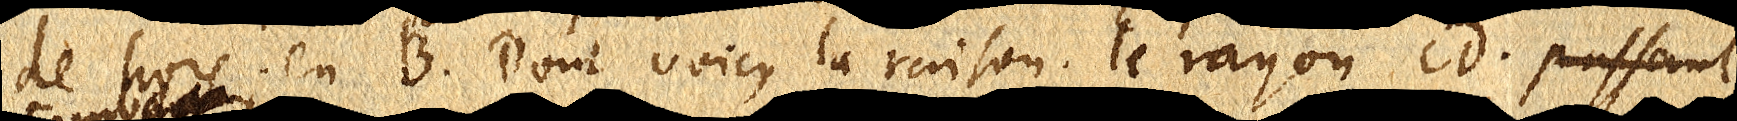
de hors en B. Dont voicy la raison. Le rayon CD. passant